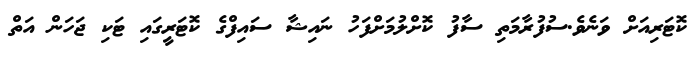
ކޮޓަރިއަށް ވަނެވެ.ސުފުރާމަތި ސާފު ކޮށްލުމަށްފަހު ނައިޝާ ސައިފްގެ ކޮޓަރީގައި ޓަކި ޖަހަން އަތް